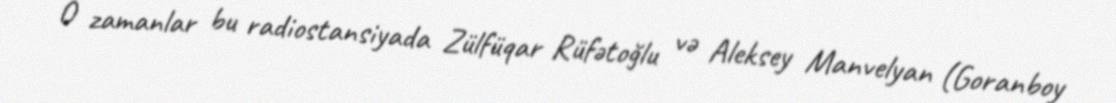
O zamanlar bu radiostansiyada Zülfüqar Rüfətoğlu və Aleksey Manvelyan (Goranboy